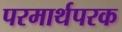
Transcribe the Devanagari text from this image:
परमार्थपरक